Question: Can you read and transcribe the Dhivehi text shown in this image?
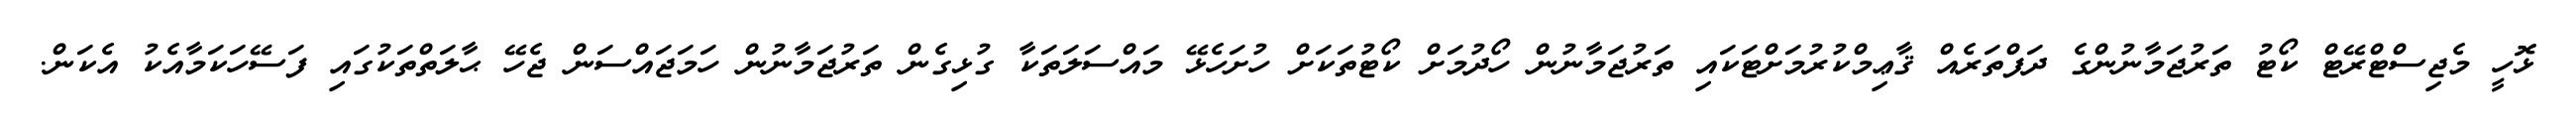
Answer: ޅޮހީ މެޖިސްޓްރޭޓް ކޯޓު ތަރުޖަމާނުންގެ ދަފްތަރެއް ޤާޢިމްކުރުމަށްޓަކައި ތަރުޖަމާނުން ހޯދުމަށް ކޯޓުތަކަށް ހުށަހެޅޭ މައްސަލަތަކާ ގުޅިގެން ތަރުޖަމާނުން ހަމަޖައްސަން ޖެހޭ ޙާލަތްތަކުގައި ފަސޭހަކަމާއެކު އެކަން.